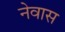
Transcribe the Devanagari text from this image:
नेवास